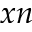
x n